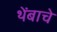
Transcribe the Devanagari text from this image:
थेंबाचे